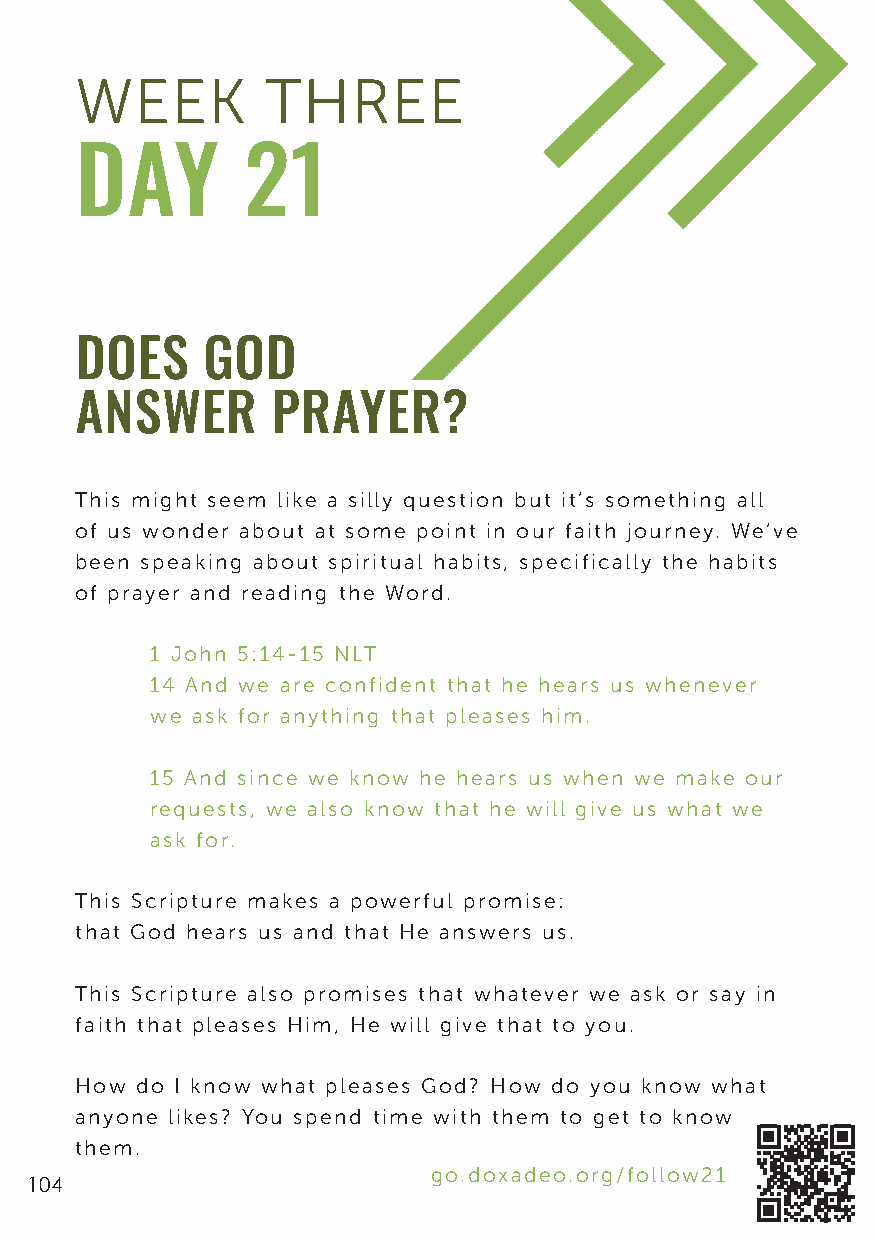
WEEK         THREE
 DAY        21
 DOES    GOD
 ANSWER       PRAYER?
 This might seem like a silly question but it’s something all
 of us wonder about at some point in our faith journey. We’ve
 been speaking about spiritual habits, specifically the habits
 of prayer and reading the Word.
 1 John 5:14-15 NLT
 14 And we are confident that he hears us whenever
 we ask for anything that pleases him.
 15 And since we know he hears us when we make our
 requests, we also know that he will give us what we
 ask for.
 This Scripture makes a powerful promise:
 that God hears us and that He answers us.
 This Scripture also promises that whatever we ask or say in
 faith that pleases Him, He will give that to you.
 How do I know what pleases God? How do you know what
 anyone likes? You spend time with them to get to know
 them.
 go.doxadeo.org/follow21
 104